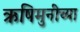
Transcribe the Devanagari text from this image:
ऋषिमुनींच्या